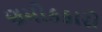
ણમોકકારો